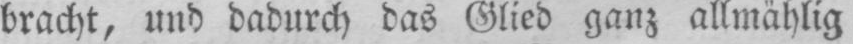
bracht, und dadurch das Glied ganz allmählig